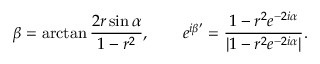
\beta = \arctan \frac { 2 r \sin \alpha } { 1 - r ^ { 2 } } , \qquad e ^ { i \beta ^ { \prime } } = \frac { 1 - r ^ { 2 } e ^ { - 2 i \alpha } } { | 1 - r ^ { 2 } e ^ { - 2 i \alpha } | } .